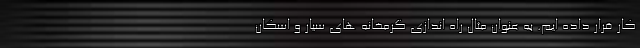
کار قرار داده ایم. به عنوان مثال راه اندازی گرمخانه های سیار و اسکان